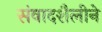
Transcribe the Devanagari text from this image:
संवादशैलीने